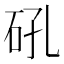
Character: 𮵌